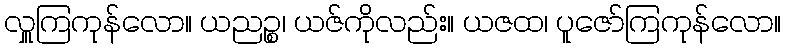
လှူကြကုန်လော။ ယညဉ္စ၊ ယဇ်ကိုလည်း။ ယဇထ၊ ပူဇော်ကြကုန်လော။